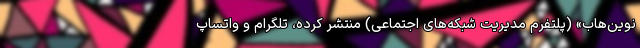
نوین‌هاب» (پلتفرم مدیریت شبکه‌های اجتماعی) منتشر کرده، تلگرام و واتساپ